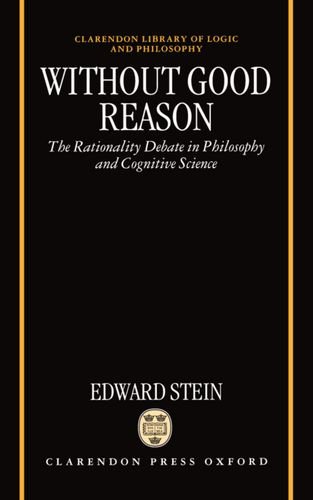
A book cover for Without Good Reason: The Rationality Debate in Philosophy and Cognitive Science (Clarendon Library of Logic and Philosophy); Edward Stein; Law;